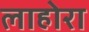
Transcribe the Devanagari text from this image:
लाहोरा